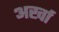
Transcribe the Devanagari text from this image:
अर्खा